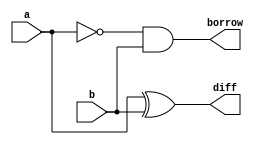
module sub(input a,b,
           output reg diff,borrow);
  always@(a,b)
    begin
      diff=a^b;
      borrow=~a&b;
    end
endmodule